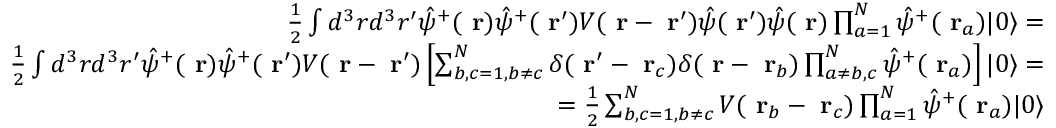
\begin{array} { r l r } & { } & { \frac { 1 } { 2 } \int d ^ { 3 } r d ^ { 3 } r ^ { \prime } \hat { \psi } ^ { + } ( \mathrm { \bf ~ r } ) \hat { \psi } ^ { + } ( \mathrm { \bf ~ r } ^ { \prime } ) V ( \mathrm { \bf ~ r } - \mathrm { \bf ~ r } ^ { \prime } ) \hat { \psi } ( \mathrm { \bf ~ r } ^ { \prime } ) \hat { \psi } ( \mathrm { \bf ~ r } ) \prod _ { a = 1 } ^ { N } \hat { \psi } ^ { + } ( \mathrm { \bf ~ r } _ { a } ) | 0 \rangle = } \\ & { } & { \frac { 1 } { 2 } \int d ^ { 3 } r d ^ { 3 } r ^ { \prime } \hat { \psi } ^ { + } ( \mathrm { \bf ~ r } ) \hat { \psi } ^ { + } ( \mathrm { \bf ~ r } ^ { \prime } ) V ( \mathrm { \bf ~ r } - \mathrm { \bf ~ r } ^ { \prime } ) \left[ \sum _ { b , c = 1 , b \ne c } ^ { N } \delta ( \mathrm { \bf ~ r } ^ { \prime } - \mathrm { \bf ~ r } _ { c } ) \delta ( \mathrm { \bf ~ r } - \mathrm { \bf ~ r } _ { b } ) \prod _ { a \ne b , c } ^ { N } \hat { \psi } ^ { + } ( \mathrm { \bf ~ r } _ { a } ) \right] | 0 \rangle = } \\ & { } & { \; \; \; \; \; \; \; \; \; \; \; \; \; \; \; \; \; \; \; = \frac { 1 } { 2 } \sum _ { b , c = 1 , b \ne c } ^ { N } V ( \mathrm { \bf ~ r } _ { b } - \mathrm { \bf ~ r } _ { c } ) \prod _ { a = 1 } ^ { N } \hat { \psi } ^ { + } ( \mathrm { \bf ~ r } _ { a } ) | 0 \rangle } \end{array}